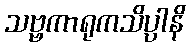
သဗ္ဗကာရုကသိပ္ပါနိ